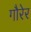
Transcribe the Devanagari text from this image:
गौरेर